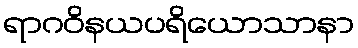
ရာဂဝိနယပရိယောသာနာ